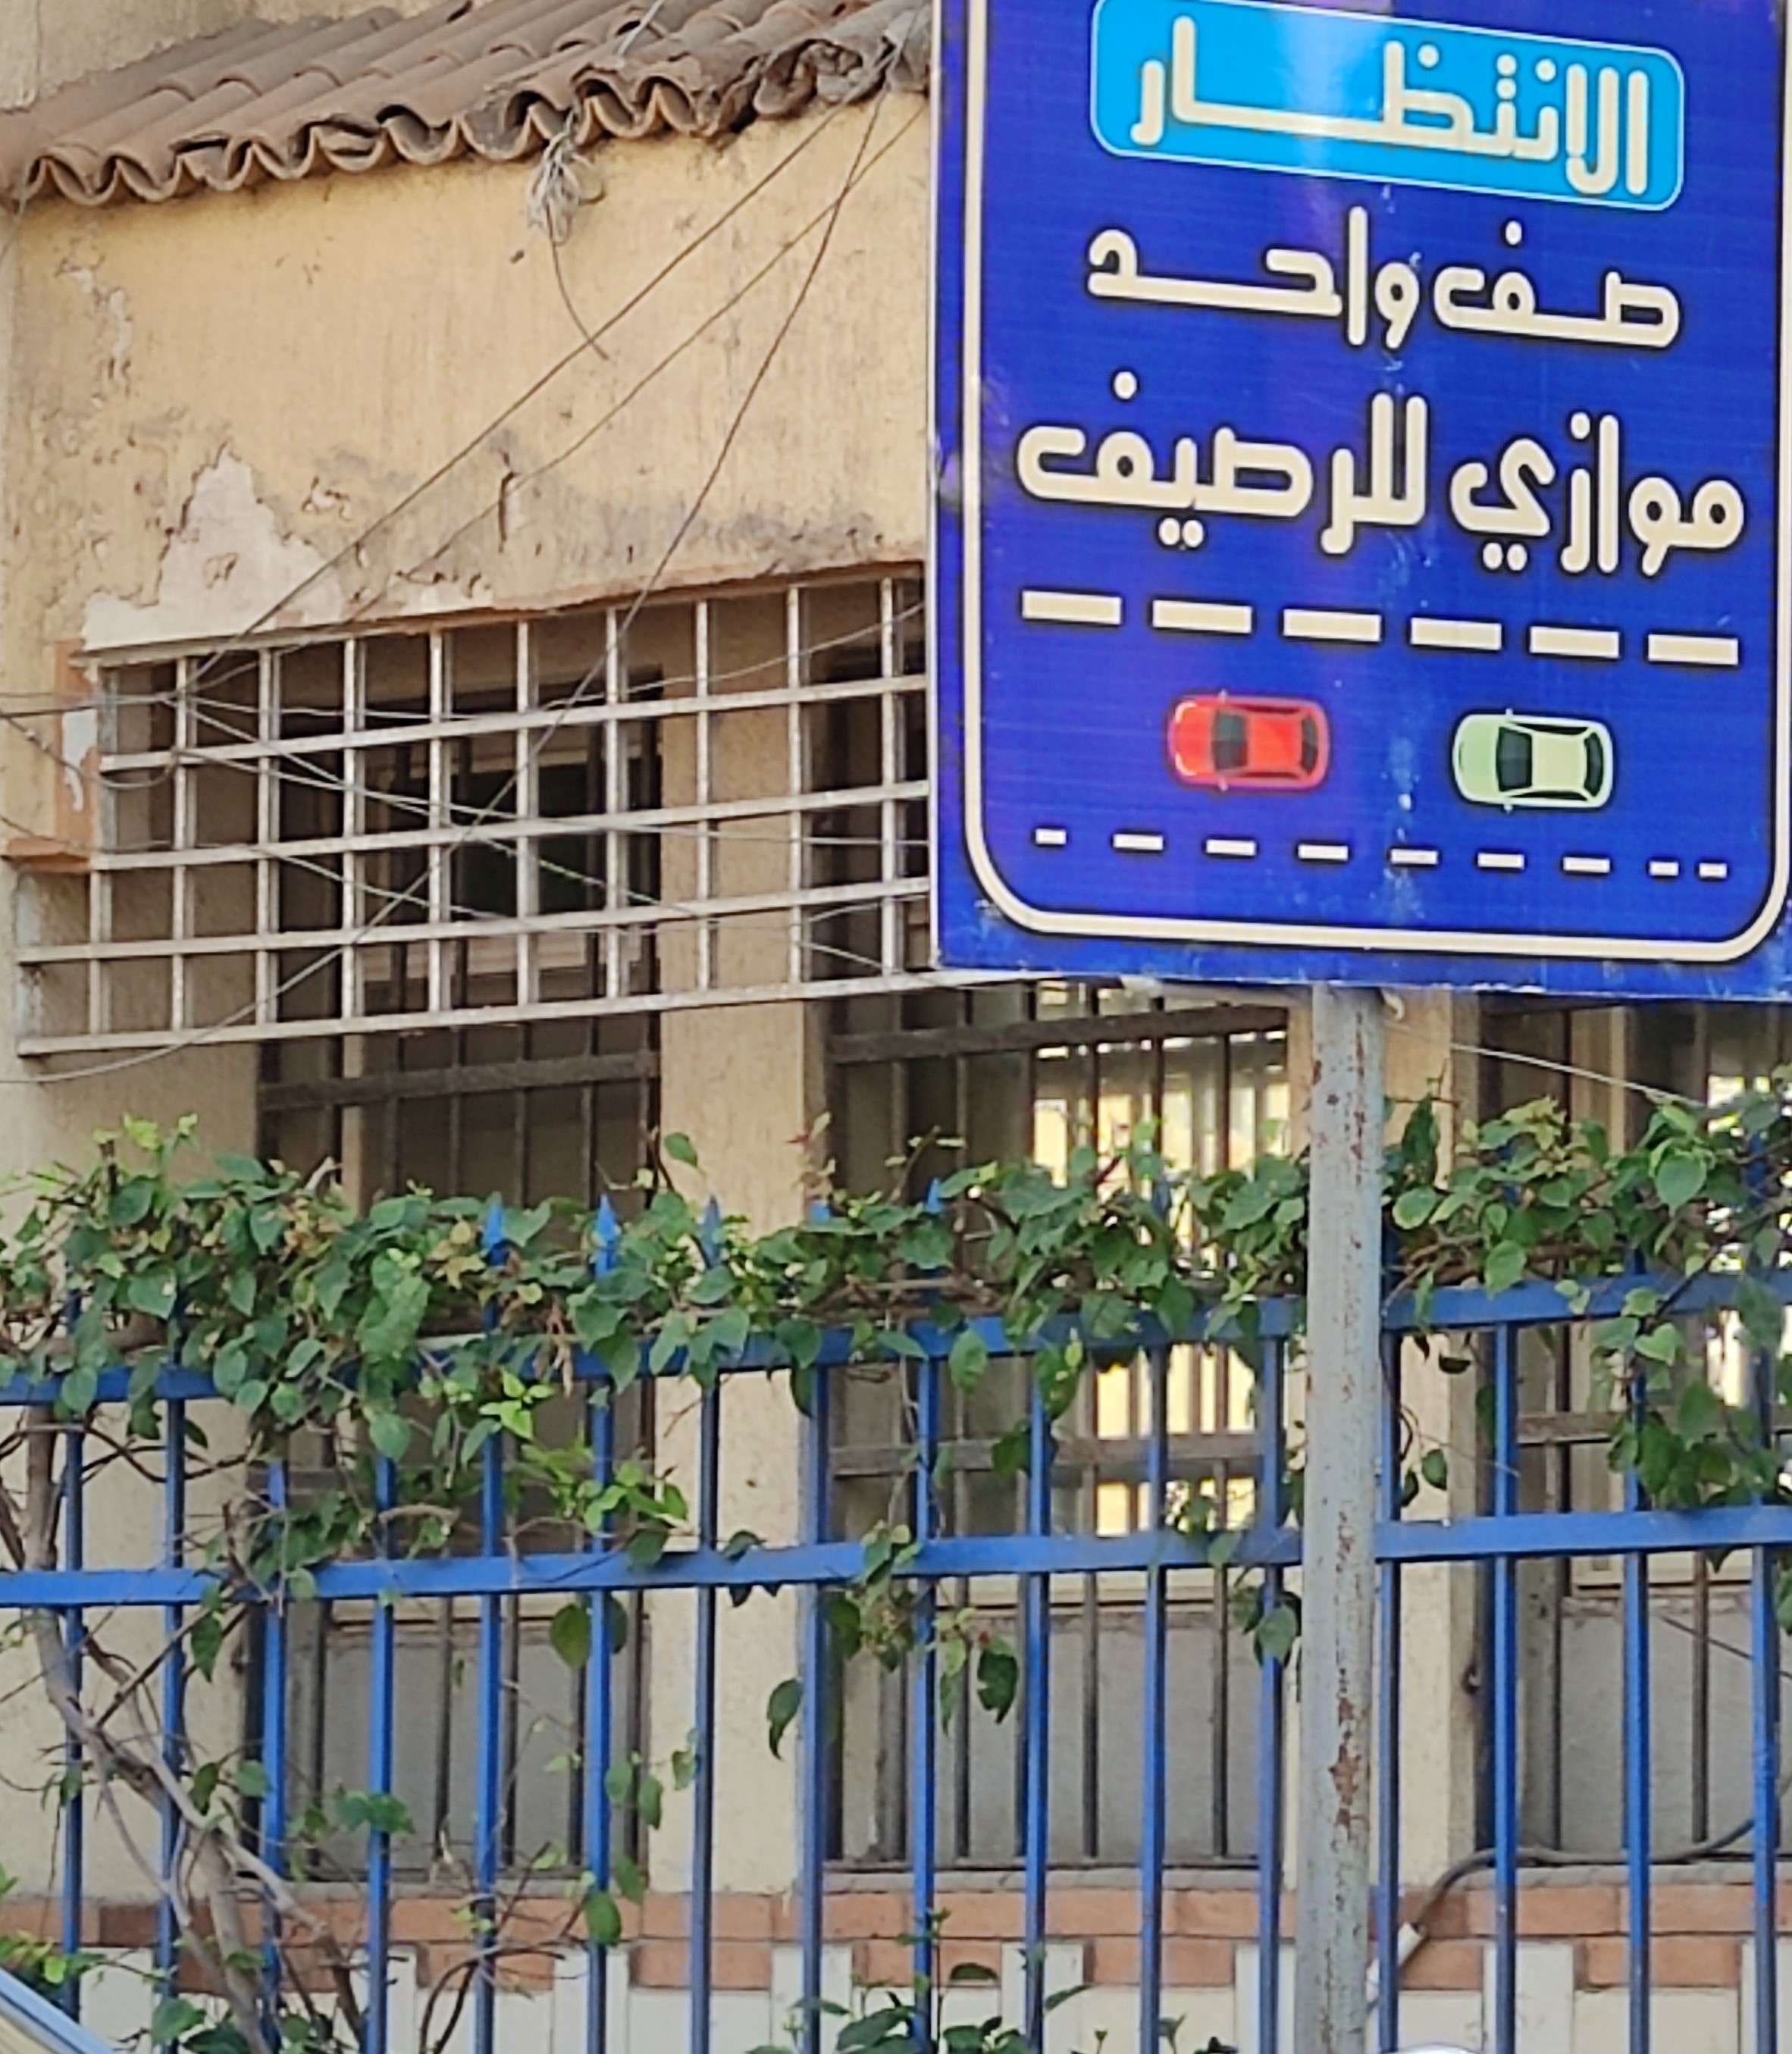
Text in image: الانتظار واحد صف للرصيف موازي